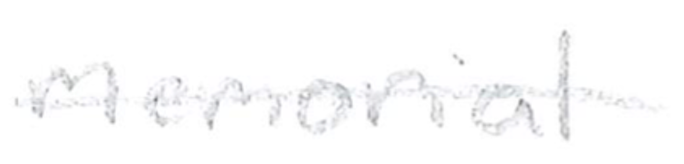
Text: memorial
Cross-out: single-line
Writing tool: pencil